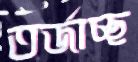
তর্জাচ্ছ